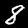
Digit: 8